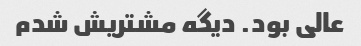
عالی بود. دیگه مشتریش شدم